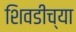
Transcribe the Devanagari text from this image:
शिवडीच्या